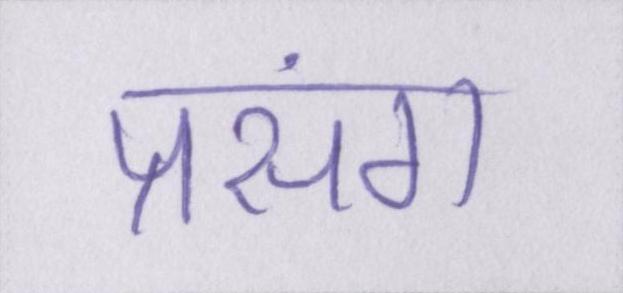
प्रसंग